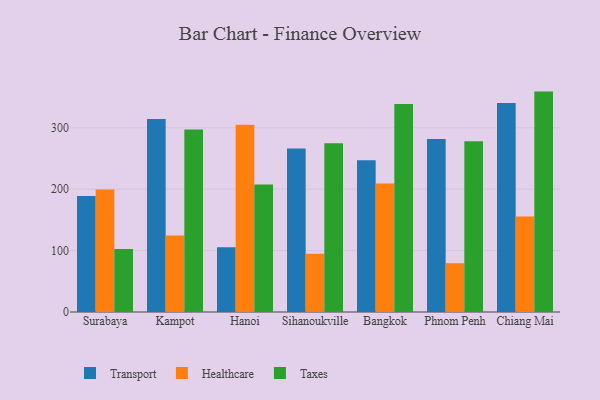
{"axis": {"x": "City", "y": "Population (Million)"}, "legend": ["Healthcare", "Taxes", "Transport"], "data": [{"x": "Surabaya", "y": 188.8, "type": "Transport"}, {"x": "Surabaya", "y": 199.3, "type": "Healthcare"}, {"x": "Surabaya", "y": 102.7, "type": "Taxes"}, {"x": "Kampot", "y": 314.1, "type": "Transport"}, {"x": "Kampot", "y": 124.7, "type": "Healthcare"}, {"x": "Kampot", "y": 297.3, "type": "Taxes"}, {"x": "Hanoi", "y": 105.3, "type": "Transport"}, {"x": "Hanoi", "y": 305.1, "type": "Healthcare"}, {"x": "Hanoi", "y": 207.5, "type": "Taxes"}, {"x": "Sihanoukville", "y": 266.2, "type": "Transport"}, {"x": "Sihanoukville", "y": 94.7, "type": "Healthcare"}, {"x": "Sihanoukville", "y": 274.8, "type": "Taxes"}, {"x": "Bangkok", "y": 247.2, "type": "Transport"}, {"x": "Bangkok", "y": 209.1, "type": "Healthcare"}, {"x": "Bangkok", "y": 338.9, "type": "Taxes"}, {"x": "Phnom Penh", "y": 281.8, "type": "Transport"}, {"x": "Phnom Penh", "y": 79.5, "type": "Healthcare"}, {"x": "Phnom Penh", "y": 278.0, "type": "Taxes"}, {"x": "Chiang Mai", "y": 340.3, "type": "Transport"}, {"x": "Chiang Mai", "y": 155.7, "type": "Healthcare"}, {"x": "Chiang Mai", "y": 358.9, "type": "Taxes"}]}